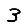
Digit: 3